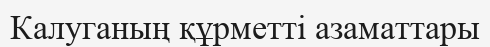
Калуганың құрметті азаматтары